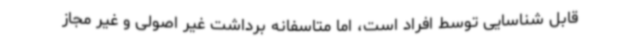
قابل شناسایی توسط افراد است، اما متاسفانه برداشت غیر اصولی و غیر مجاز